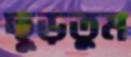
ছুড়তুম